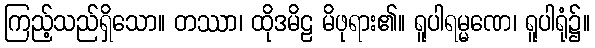
ကြည့်သည်ရှိသော။ တဿာ၊ ထိုဒမိဠ မိဖုရား၏။ ရူပါရမ္မဏေ၊ ရူပါရုံ၌။